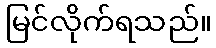
မြင်လိုက်ရသည်။